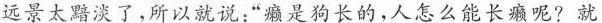
远景太黯淡了,所以就说:“癞是狗长的，人怎么能长癞呢?就